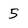
Character: 5